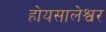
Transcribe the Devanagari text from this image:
होयसालेश्वर